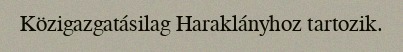
Közigazgatásilag Haraklányhoz tartozik.